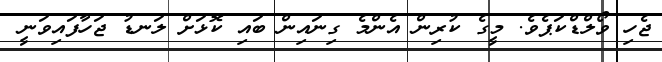
ޖެހި ވޯލްޑްކަޕެވެ. މީގެ ކުރިން އެންމެ ގިނައިން ބައި ކޮޅަށް ލަނޑު ޖަހާފައިވަނީ